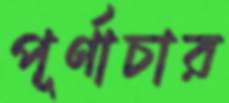
পূর্ণাচার